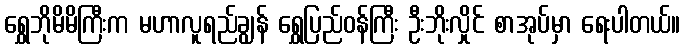
ရွှေဘိုမိမိကြီးက မဟာလူရည်ချွန် ရွှေပြည်ဝန်ကြီး ဦးဘိုးလှိုင် စာအုပ်မှာ ရေးပါတယ်။